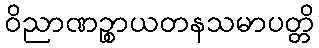
ဝိညာဏဉ္စာယတနသမာပတ္တိ